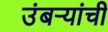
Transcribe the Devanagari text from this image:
उंबऱ्यांची